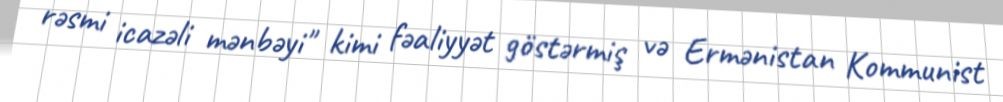
rəsmi icazəli mənbəyi" kimi fəaliyyət göstərmiş və Ermənistan Kommunist